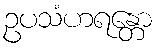
ဥပသံဟရန္တော